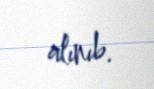
alınıb.